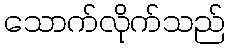
သောက်လိုက်သည်